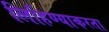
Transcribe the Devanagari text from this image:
लिहिण्याकरता